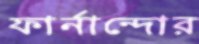
ফার্নান্দোর